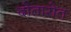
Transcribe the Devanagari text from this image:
दोतारोत